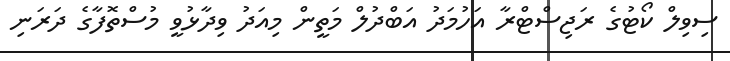
ސިވިލް ކޯޓުގެ ރަޖިސްޓްރާ އަހުމަދު އަބްދުލް މަތީން މިއަދު ވިދާޅުވީ މުސްތޮފާގެ ދަރަނި